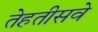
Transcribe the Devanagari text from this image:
तेहतीसवे